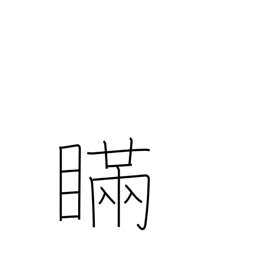
Meaning: deception